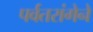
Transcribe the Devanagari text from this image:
पर्वतरांगेने